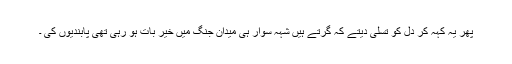
پھر یہ کہہ کر دل کو تسلی دیتے کہ گرتے ہیں شہہ سوار ہی میدانِ جنگ میں خیر بات ہو رہی تھی پابندیوں کی ۔